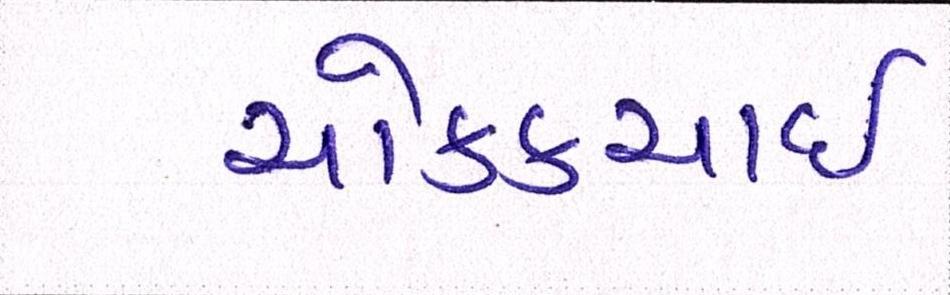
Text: ચોક્કચાઇ